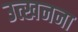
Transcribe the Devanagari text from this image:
उत्खनना